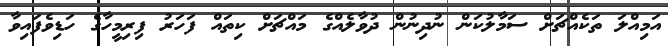
އަމިއްލަ ތަކެއްޗަށް ސަމާލުކަން ނުދިނުން ދުވާލެއްގެ މައްޗަށް ކިތައް ފަހަރު ފިރިމީހާގެ ހަޑިވެފައިވާ